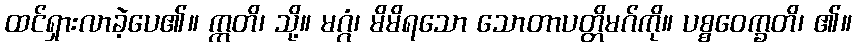
ထင်ရှားလာခဲ့ပေ၏။ ဣတိ၊ သို့။ မဂ္ဂံ၊ မိမိရသော သောတာပတ္တိမဂ်ကို။ ပစ္စဝေက္ခတိ၊ ၏။